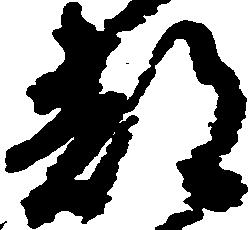
都